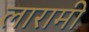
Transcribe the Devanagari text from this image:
लारामी